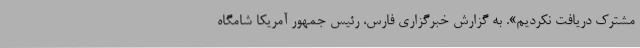
مشترک دریافت نکردیم». به گزارش خبرگزاری فارس، رئیس جمهور آمریکا شامگاه